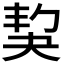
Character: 𡘱